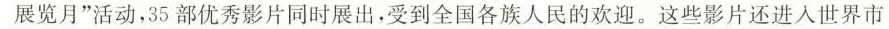
展览月”活动，35部优秀影片同时展出，受到全国各族人民的欢迎。这些影片还进入世界市